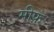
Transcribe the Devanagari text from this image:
मीफ़